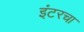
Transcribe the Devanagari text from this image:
इंटरचा